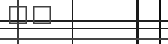
٧١